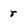
Character: r